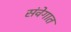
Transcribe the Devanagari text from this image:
संवेगात